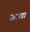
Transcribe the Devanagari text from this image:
जाधा